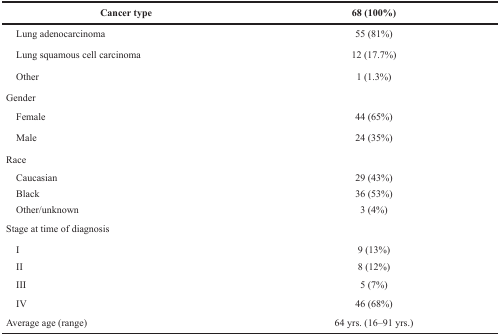
<table><thead><tr><td><b>Cancer type</b></td><td><b>68 (100%)</b></td></tr></thead><tbody><tr><td> Lung adenocarcinoma</td><td>55 (81%)</td></tr><tr><td> Lung squamous cell carcinoma</td><td>12 (17.7%)</td></tr><tr><td> Other</td><td>1 (1.3%)</td></tr><tr><td>Gender</td><td></td></tr><tr><td> Female</td><td>44 (65%)</td></tr><tr><td> Male</td><td>24 (35%)</td></tr><tr><td>Race</td><td></td></tr><tr><td> Caucasian</td><td>29 (43%)</td></tr><tr><td> Black</td><td>36 (53%)</td></tr><tr><td> Other/unknown</td><td>3 (4%)</td></tr><tr><td>Stage at time of diagnosis</td><td></td></tr><tr><td> I</td><td>9 (13%)</td></tr><tr><td> II</td><td>8 (12%)</td></tr><tr><td> III</td><td>5 (7%)</td></tr><tr><td> IV</td><td>46 (68%)</td></tr><tr><td>Average age (range)</td><td>64 yrs. (16–91 yrs.)</td></tr></tbody></table>